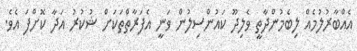
އެއްބާރުލުމެއް ލިބެމުންދާތީ ވެލިދޫ ކައުންސިލުން ވަނީ އެފަރާތްތަކަށް ޝުކުރު އަދާ ކޮށްފަ އެވެ.